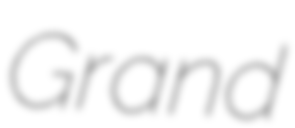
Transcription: Grand